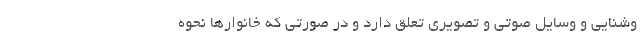
وشنایی و وسایل صوتی و تصویری تعلق دارد و در صورتی که خانوارها نحوه